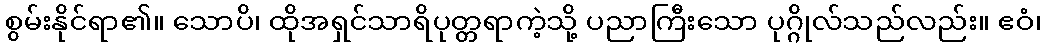
စွမ်းနိုင်ရာ၏။ သောပိ၊ ထိုအရှင်သာရိပုတ္တရာကဲ့သို့ ပညာကြီးသော ပုဂ္ဂိုလ်သည်လည်း။ ဧဝံ၊